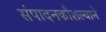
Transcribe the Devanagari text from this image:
संपादनकौशल्याने